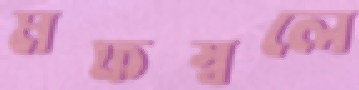
মফস্বলে